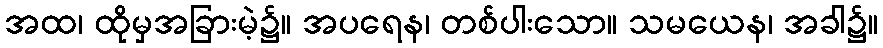
အထ၊ ထိုမှအခြားမဲ့၌။ အပရေန၊ တစ်ပါးသော။ သမယေန၊ အခါ၌။